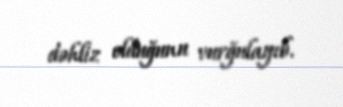
dəhliz olduğunu vurğulayıb.